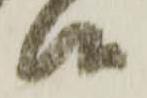
候